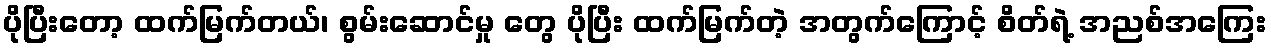
ပိုပြီးတော့ ထက်မြက်တယ်၊ စွမ်းဆောင်မှု တွေ ပိုပြီး ထက်မြက်တဲ့ အတွက်ကြောင့် စိတ်ရဲ့ အညစ်အကြေး